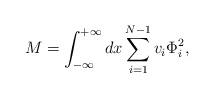
LaTeX: \begin{align*}M = \int_{-\infty}^{+\infty} dx \sum_{i=1}^{N-1} v_{i}\Phi_{i}^{2},\end{align*}